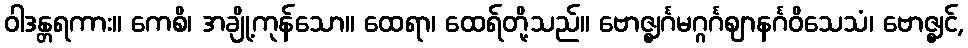
ဝါဒန္တရကား။ ကေစိ၊ အချို့ကုန်သော။ ထေရာ၊ ထေရ်တို့သည်။ ဗောဇ္ဈင်္ဂမဂ္ဂင်္ဂဈာနင်္ဂဝိသေသံ၊ ဗောဇ္ဈင်,